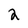
Character: 2